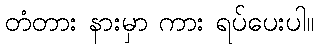
တံတား နားမှာ ကား ရပ်ပေးပါ။